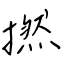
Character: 撚